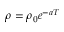
\rho = \rho _ { 0 } e ^ { - a T }